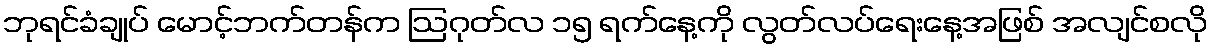
ဘုရင်ခံချုပ် မောင့်ဘက်တန်က ဩဂုတ်လ ၁၅ ရက်နေ့ကို လွတ်လပ်ရေးနေ့အဖြစ် အလျင်စလို